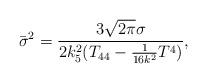
LaTeX: \begin{align*}{\bar\sigma}^2=\frac{3\sqrt{2\pi}\sigma}{2k_5^2(T_{44}-\frac{1}{16k^2}T^4)},\end{align*}